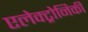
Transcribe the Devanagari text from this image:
एलेक्ट्रोनिकी